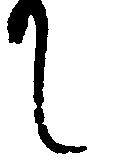
し